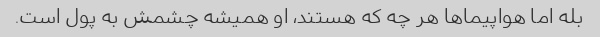
بله اما هواپیماها هر چه که هستند، او همیشه چشمش به پول است.